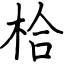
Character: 㭘